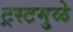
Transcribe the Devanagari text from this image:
ट्रस्टमुळे